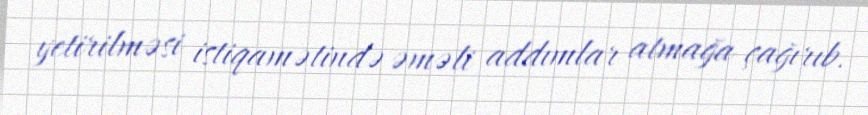
yetirilməsi istiqamətində əməli addımlar atmağa çağırıb.